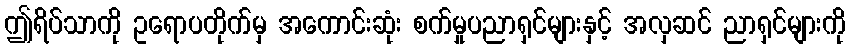
ဤရိပ်သာကို ဥရောပတိုက်မှ အကောင်းဆုံး စက်မှုပညာရှင်များနှင့် အလှဆင် ညာရှင်များကို